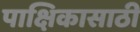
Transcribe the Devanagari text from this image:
पाक्षिकासाठी